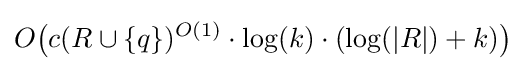
O{\big (}c(R\cup \{q\})^{O(1)}\cdot \log(k)\cdot (\log(|R|)+k){\big )}